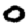
Digit: 0